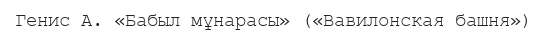
Генис А. «Бабыл мұнарасы» («Вавилонская башня»)